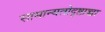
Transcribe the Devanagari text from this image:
सामान्यतोदृष्टाच्चा